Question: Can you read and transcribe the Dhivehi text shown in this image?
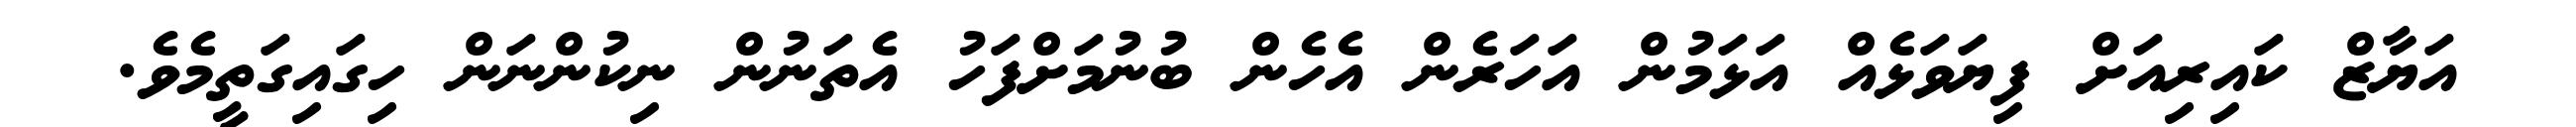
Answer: އަޔާޒް ކައިރިއަށް ފިޔަވަޅެއް އަޅަމުން އަހަރެން އެހެން ބުނުމަށްފަހު އެތަނުން ނިކުންނަން ހިގައިގަތީމެވެ.